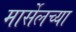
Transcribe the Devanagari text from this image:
मार्सेलच्या